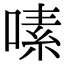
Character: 嗉